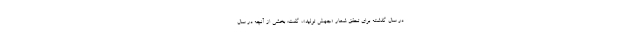
در سال گذشته برای تحقق شعار «جهش تولید»، گفت: بخشی از آنچه در سال